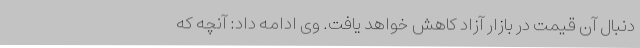
دنبال آن قیمت در بازار آزاد کاهش خواهد یافت. وی ادامه داد: آنچه که